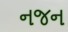
નજન